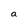
Character: a